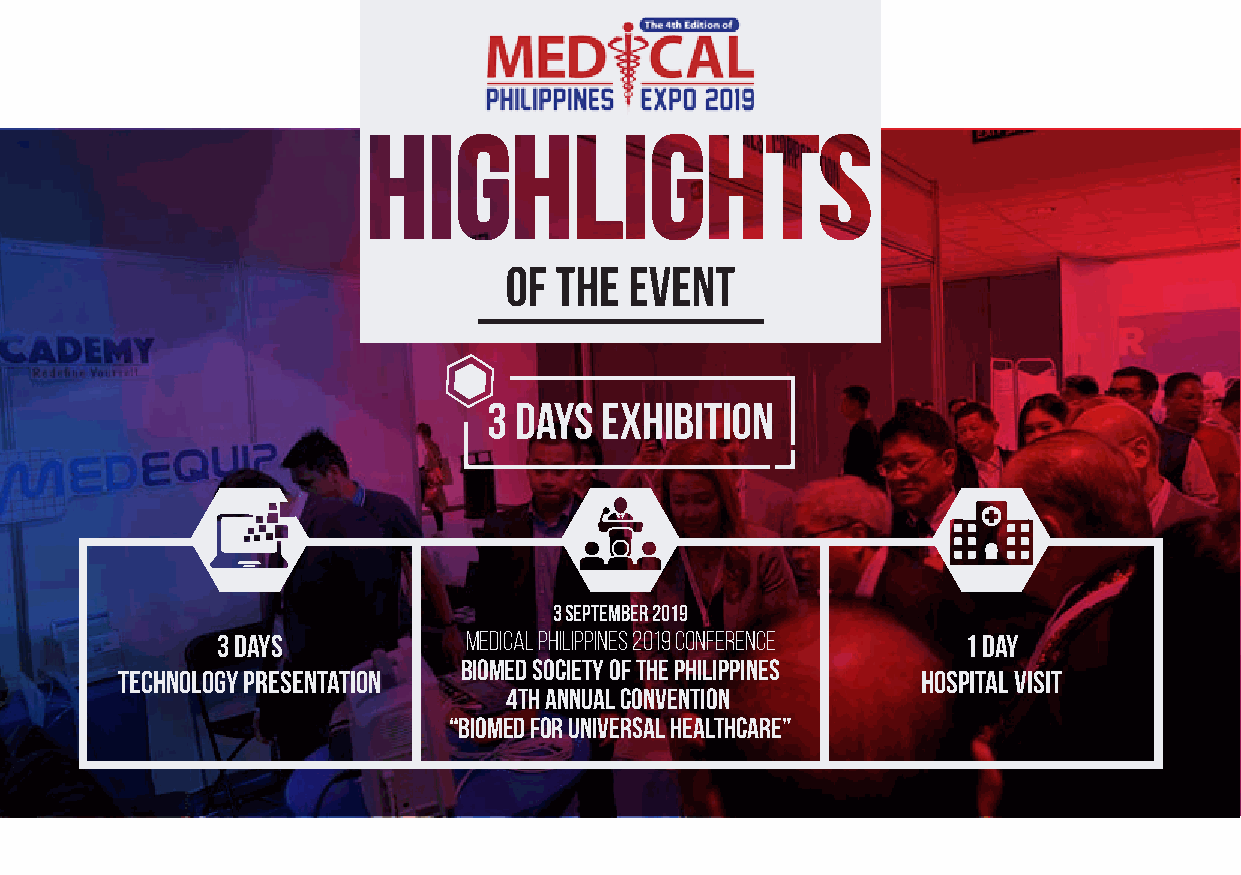
OF  THE  EVENT
 3 Days  Exhibition
 3 september 2019
 3 Days           Medical Philippines 2019 Conference 1 Day
 Biomed Society of the Philippines
 Technology Presentation                              Hospital Visit
 4th Annual Convention
 “Biomed for Universal Healthcare”